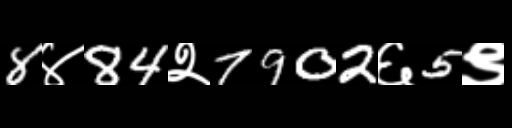
Text: 8४84२7902६5९